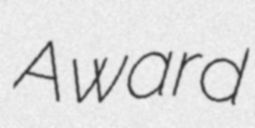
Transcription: Award